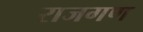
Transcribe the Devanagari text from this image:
राजगण